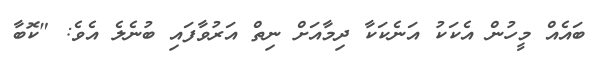
ބައެއް މީހުން އެކަކު އަނެކަކާ ދިމާއަށް ނިތް އަރުވާފައި ބުނެލެ އެވެ: "ކޮބާ